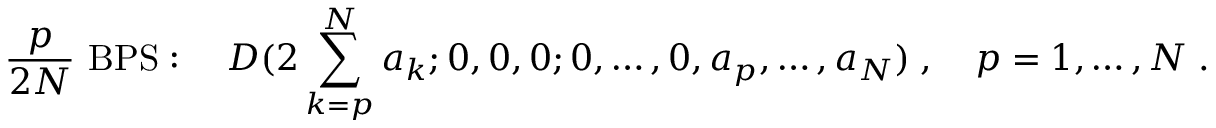
{ \frac { p } { 2 N } } \mathrm { ~ B P S } : \quad { \cal D } ( 2 \sum _ { k = p } ^ { N } a _ { k } ; 0 , 0 , 0 ; 0 , \ldots , 0 , a _ { p } , \ldots , a _ { N } ) \; , \quad p = 1 , \ldots , N \; .